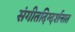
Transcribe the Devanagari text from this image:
संगीतदिग्दर्शनात